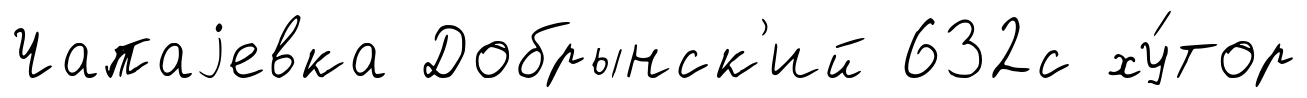
Чапаjевка Добрынск'ий 632с ху́тор